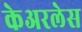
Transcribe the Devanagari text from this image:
केअरलेस